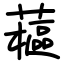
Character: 藲